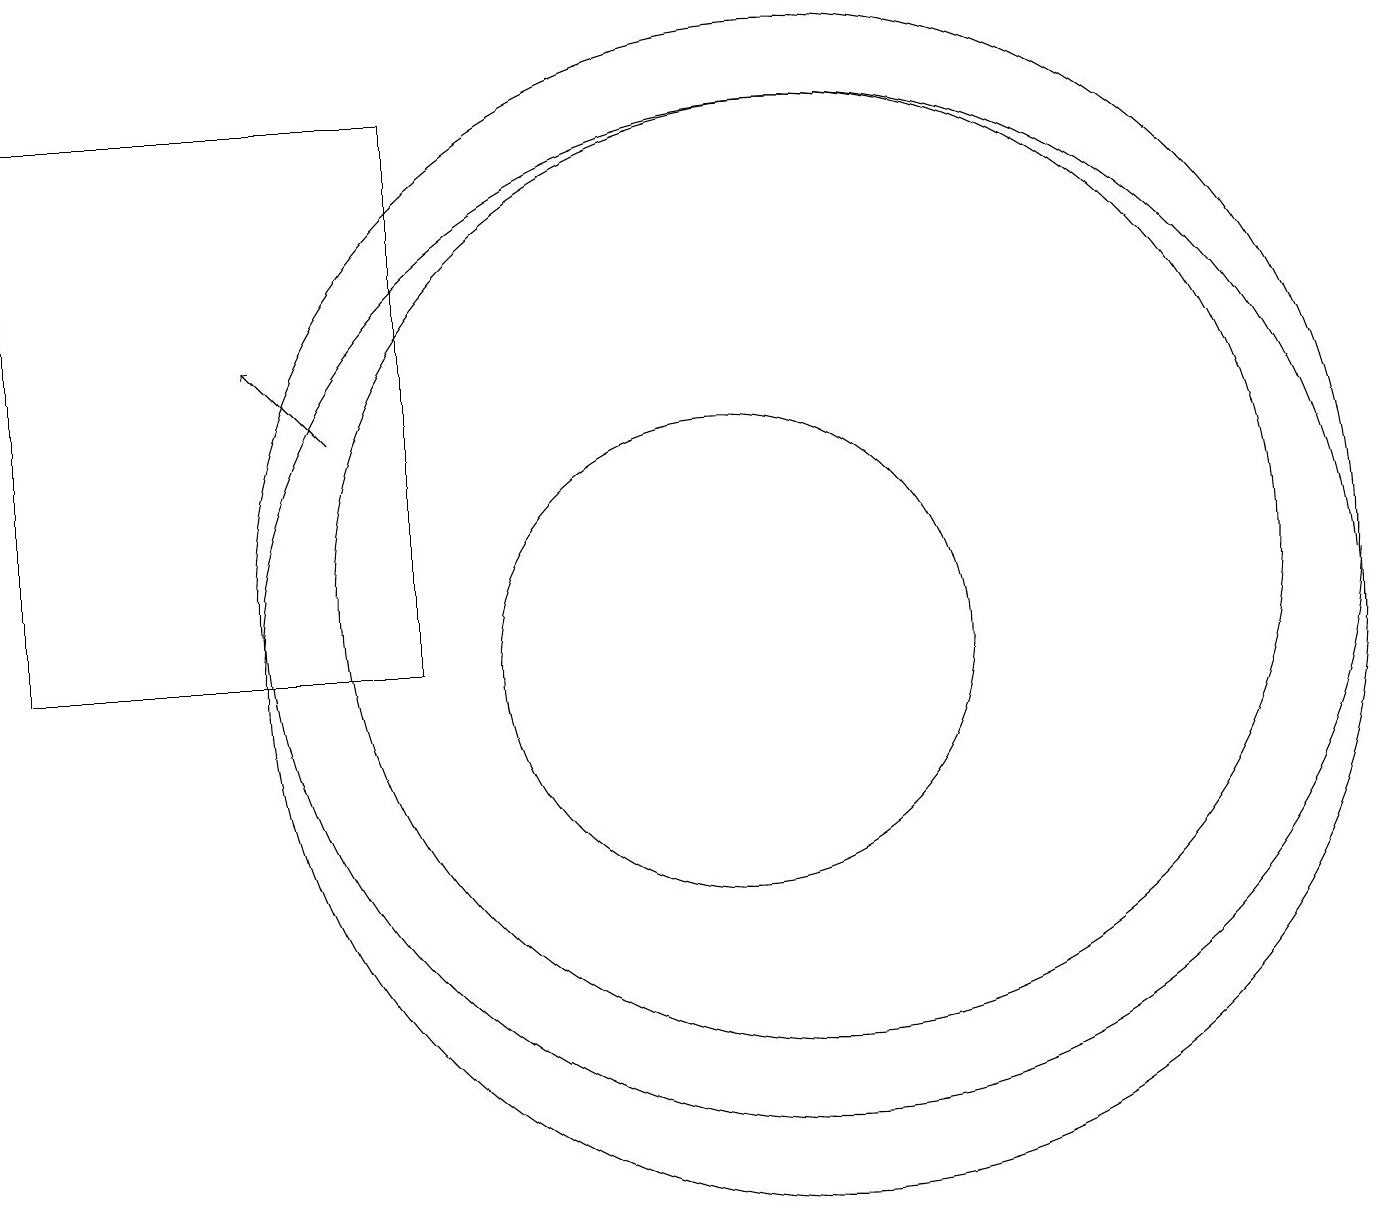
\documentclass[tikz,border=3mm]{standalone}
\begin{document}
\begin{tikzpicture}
\draw[->] (5,13) -- (4,14);
\draw (6,17) rectangle (1,10);
\draw (11,10) circle (7);
\draw (11,11) circle (6);
\draw (10,10) circle (3);
\draw (11,11) circle (7);
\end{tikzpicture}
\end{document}